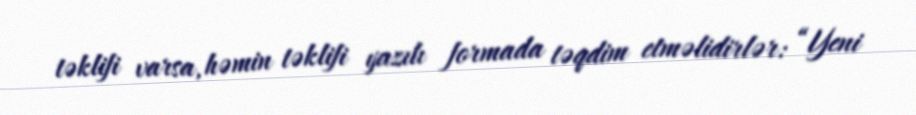
təklifi varsa, həmin təklifi yazılı formada təqdim etməlidirlər: “Yeni